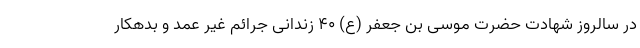
در سالروز شهادت حضرت موسی بن جعفر (ع) ۴۰ زندانی جرائم غیر عمد و بدهکار